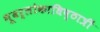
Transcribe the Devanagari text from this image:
भूवर्लोकाधिष्ठात्रीं